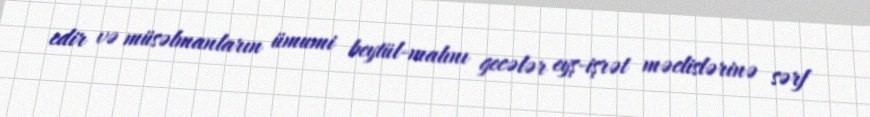
edir və müsəlmanların ümumi beytül-malını gecələr eyş-işrət məclislərinə sərf